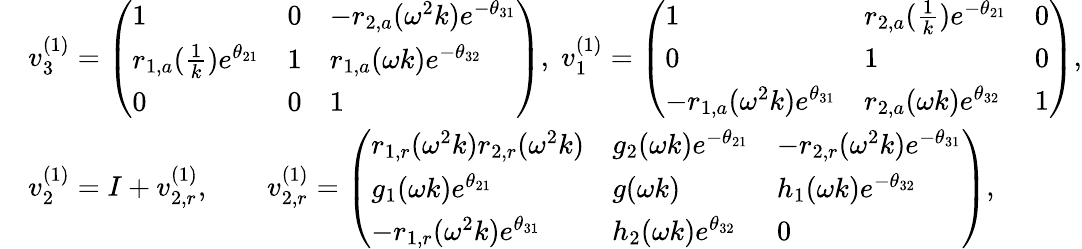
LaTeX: \begin{array}{rl}&{v_{3}^{(1)}=\left(\begin{array}{lll}{1}&{0}&{-r_{2,a}(\omega^{2}k)e^{-\theta_{31}}}\\ {r_{1,a}(\frac{1}{k})e^{\theta_{21}}}&{1}&{r_{1,a}(\omega k)e^{-\theta_{32}}}\\ {0}&{0}&{1}\end{array}\right),\; v_{1}^{(1)}=\left(\begin{array}{lll}{1}&{r_{2,a}(\frac{1}{k})e^{-\theta_{21}}}&{0}\\ {0}&{1}&{0}\\ {-r_{1,a}(\omega^{2}k)e^{\theta_{31}}}&{r_{2,a}(\omega k)e^{\theta_{32}}}&{1}\end{array}\right),}\\ &{v_{2}^{(1)}=I+v_{2,r}^{(1)},\qquad v_{2,r}^{(1)}=\left(\begin{array}{lll}{r_{1,r}(\omega^{2}k)r_{2,r}(\omega^{2}k)}&{g_{2}(\omega k)e^{-\theta_{21}}}&{-r_{2,r}(\omega^{2}k)e^{-\theta_{31}}}\\ {g_{1}(\omega k)e^{\theta_{21}}}&{g(\omega k)}&{h_{1}(\omega k)e^{-\theta_{32}}}\\ {-r_{1,r}(\omega^{2}k)e^{\theta_{31}}}&{h_{2}(\omega k)e^{\theta_{32}}}&{0}\end{array}\right),}\end{array}